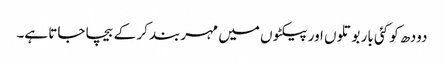
دودھ کو کئی بار بوتلوں اور پیکٹوں میں مہربند کر کے بیچا جاتا ہے۔